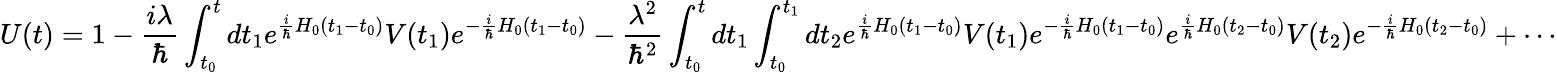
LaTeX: U(t)=1-{\frac{i\lambda}{\hbar}}\int_{t_{0}}^{t}dt_{1}e^{{\frac{i}{\hbar}}H_{0}(t_{1}-t_{0})}V(t_{1})e^{-{\frac{i}{\hbar}}H_{0}(t_{1}-t_{0})}-{\frac{\lambda^{2}}{\hbar^{2}}}\int_{t_{0}}^{t}dt_{1}\int_{t_{0}}^{t_{1}}dt_{2}e^{{\frac{i}{\hbar}}H_{0}(t_{1}-t_{0})}V(t_{1})e^{-{\frac{i}{\hbar}}H_{0}(t_{1}-t_{0})}e^{{\frac{i}{\hbar}}H_{0}(t_{2}-t_{0})}V(t_{2})e^{-{\frac{i}{\hbar}}H_{0}(t_{2}-t_{0})}+\cdots